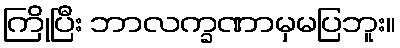
ကြိုပြီး ဘာလက္ခဏာမှမပြဘူး။